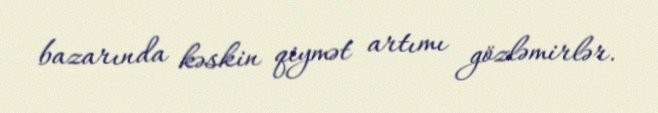
bazarında kəskin qiymət artımı gözləmirlər.